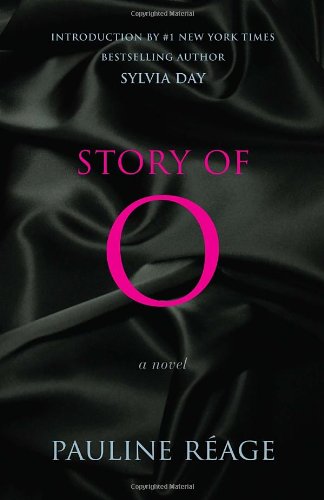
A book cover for Story of O: A Novel; Pauline Reage; Romance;